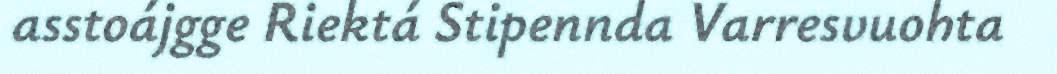
asstoájgge Riektá Stipennda Varresvuohta